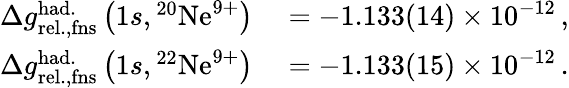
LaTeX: \begin{array}{rl}{\Delta g_{\mathrm{rel.,fns}}^{\mathrm{had.}}\left(1s,{}^{20}\mathrm{Ne}^{9+}\right)}&{{}=-1.133(14)\times 10^{-12}\, ,}\\ {\Delta g_{\mathrm{rel.,fns}}^{\mathrm{had.}}\left(1s,{}^{22}\mathrm{Ne}^{9+}\right)}&{{}=-1.133(15)\times 10^{-12}\, .}\end{array}